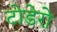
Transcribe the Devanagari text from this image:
टोडेरो